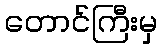
တောင်ကြီးမှ